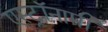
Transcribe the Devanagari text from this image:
एस्‍ट्रॉनामी